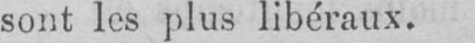
sont les plus libéraux.